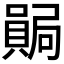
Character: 𫬊